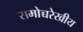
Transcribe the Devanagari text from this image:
समोच्चरेखीय